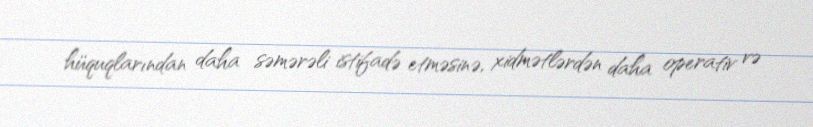
hüquqlarından daha səmərəli istifadə etməsinə, xidmətlərdən daha operativ və